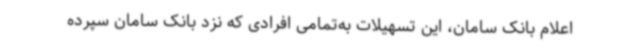
اعلام بانک سامان، این تسهیلات به‌تمامی افرادی که نزد بانک سامان سپرده